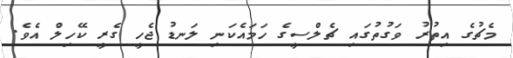
މެޗުގެ އިތުރު ވަގުތުގައި ޗެލްސީގެ ހަމައެކަނި ލަނޑު ޖެހީ ގެރީ ކޭހިލް އެވެ.